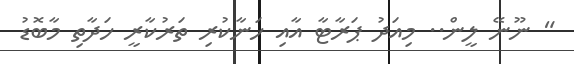
" ނޫނޭ ލީން.. މިއަދު ޕަރާޓާ އާއި ހަނާކުރި ތަރުކާރީ ހަދާތި މާބޮޑު